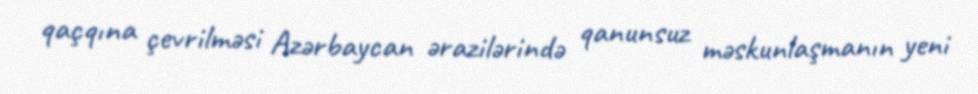
qaçqına çevrilməsi Azərbaycan ərazilərində qanunsuz məskunlaşmanın yeni